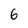
Character: 6